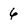
Character: 6